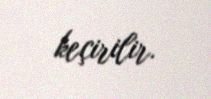
keçirilir.